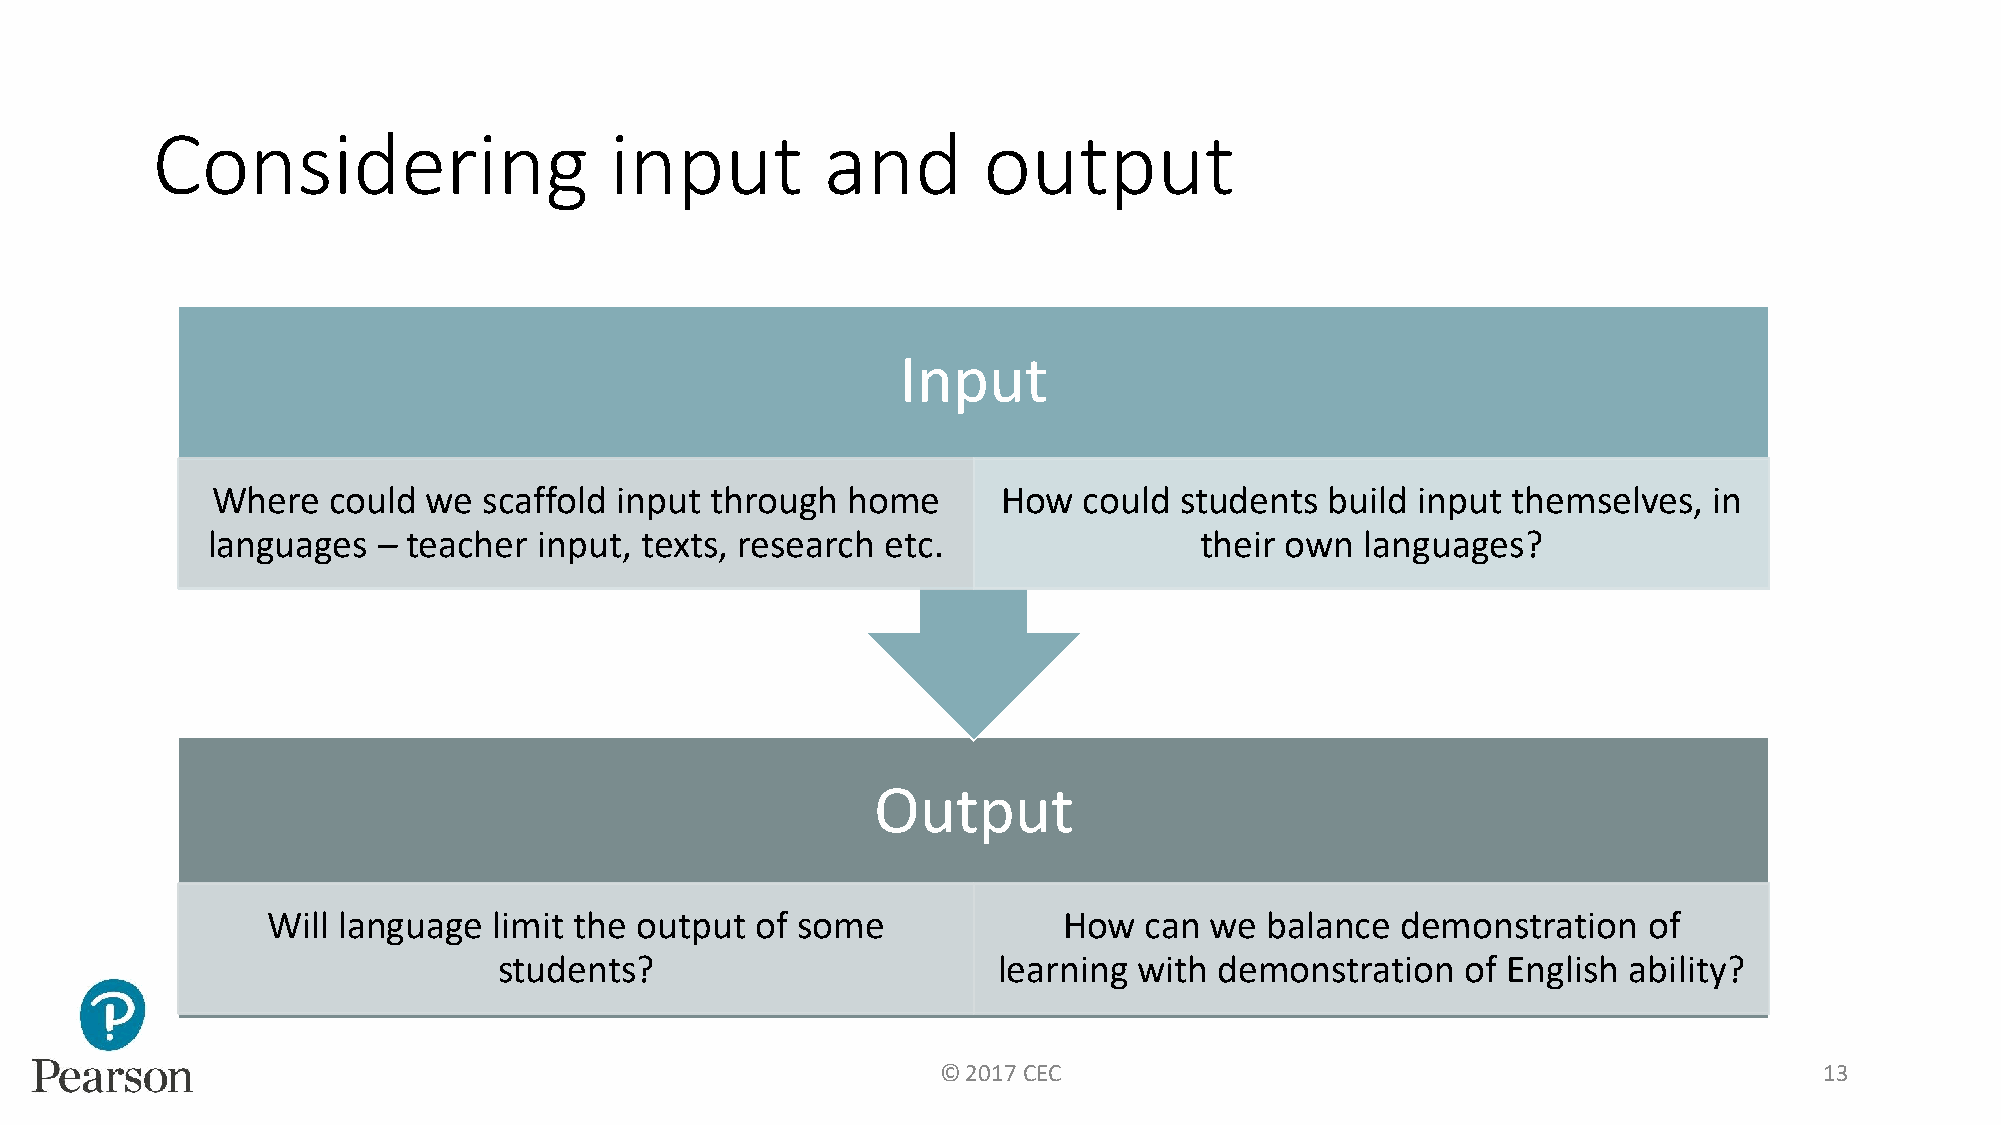
Considering                   input          and       output
 Input
 Where   could we  scaffold input through  home      How   could students  build input themselves,  in
 languages  – teacher  input, texts, research etc.                their own  languages?
 Output
 Will language  limit the output of some             How   can we  balance  demonstration   of
 students?                        learning with  demonstration   of English ability?
 © 2017 CEC                                                 13